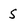
Character: S